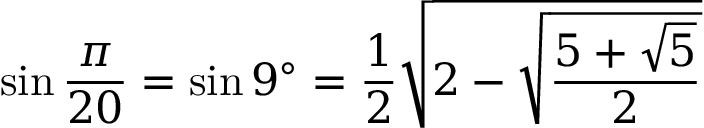
\sin { \frac { \pi } { 2 0 } } = \sin 9 ^ { \circ } = { \frac { 1 } { 2 } } { \sqrt { 2 - { \sqrt { \frac { 5 + { \sqrt { 5 } } } { 2 } } } } }